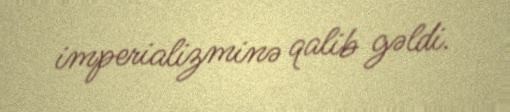
imperializminə qalib gəldi.